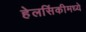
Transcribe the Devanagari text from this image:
हेलसिंकीमध्ये